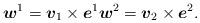
LaTeX: \begin{align*}\mbox{\mathversion{bold}$w$}^{1}=\mbox{\mathversion{bold}$v$}_{1}\times \mbox{\mathversion{bold}$e$}^{1} \mbox{\mathversion{bold}$w$}^{2}=\mbox{\mathversion{bold}$v$}_{2}\times \mbox{\mathversion{bold}$e$}^{2}.\end{align*}